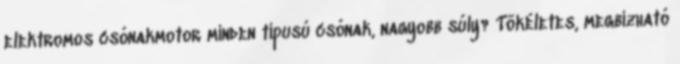
elektromos csónakmotor minden típusú csónak, nagyobb súly? Tökéletes, megbízható